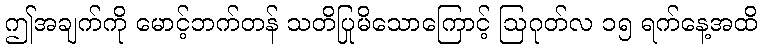
ဤအချက်ကို မောင့်ဘက်တန် သတိပြုမိသောကြောင့် ဩဂုတ်လ ၁၅ ရက်နေ့အထိ